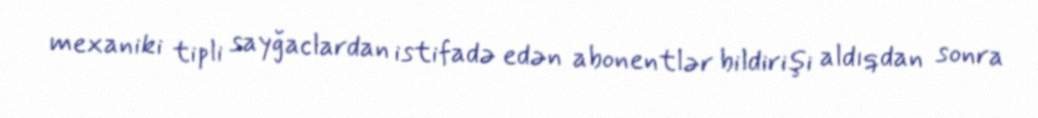
mexaniki tipli sayğaclardan istifadə edən abonentlər bildirişi aldıqdan sonra